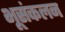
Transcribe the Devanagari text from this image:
भूसंकलन